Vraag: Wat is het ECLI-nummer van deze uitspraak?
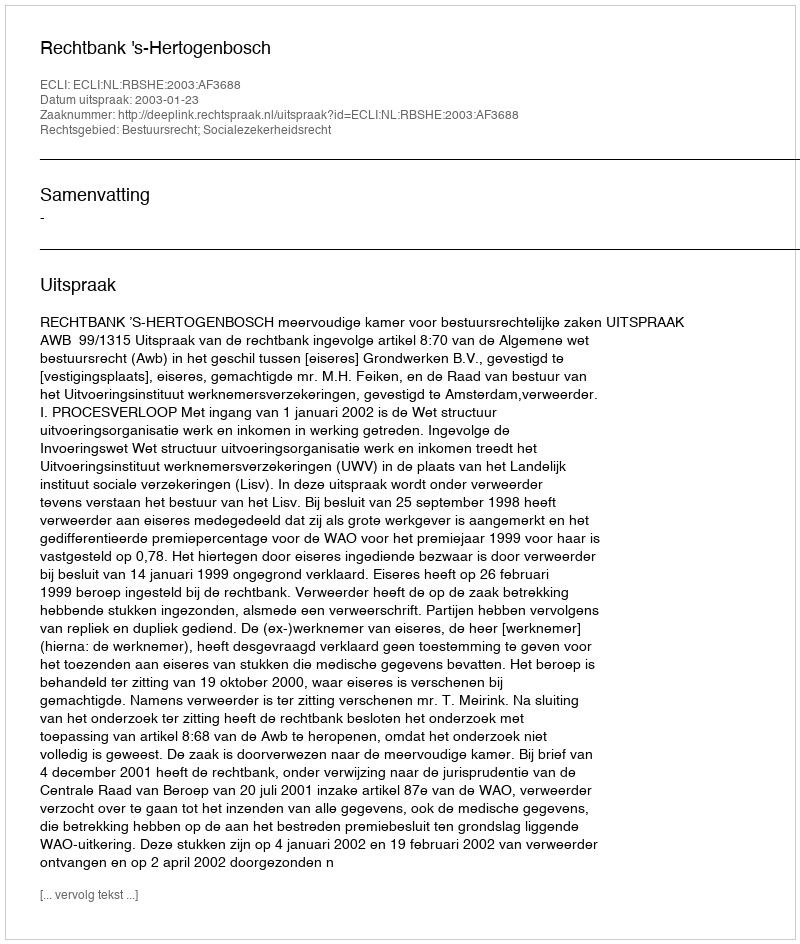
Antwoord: ECLI:NL:RBSHE:2003:AF3688